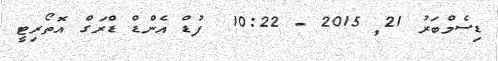
ޑިސެމްބަރު 21